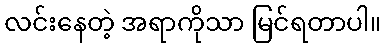
လင်းနေတဲ့ အရာကိုသာ မြင်ရတာပါ။